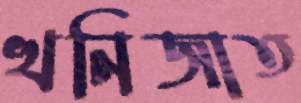
খনিজাত